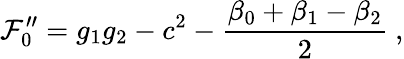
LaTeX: \mathcal{F}_{0}^{\prime\prime}=g_{1}g_{2}-c^{2}-\frac{{\beta_{0}+\beta_{1}-\beta_{2}}}{{2}}~,